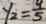
y _ { 2 } = \frac { 9 } { 5 }